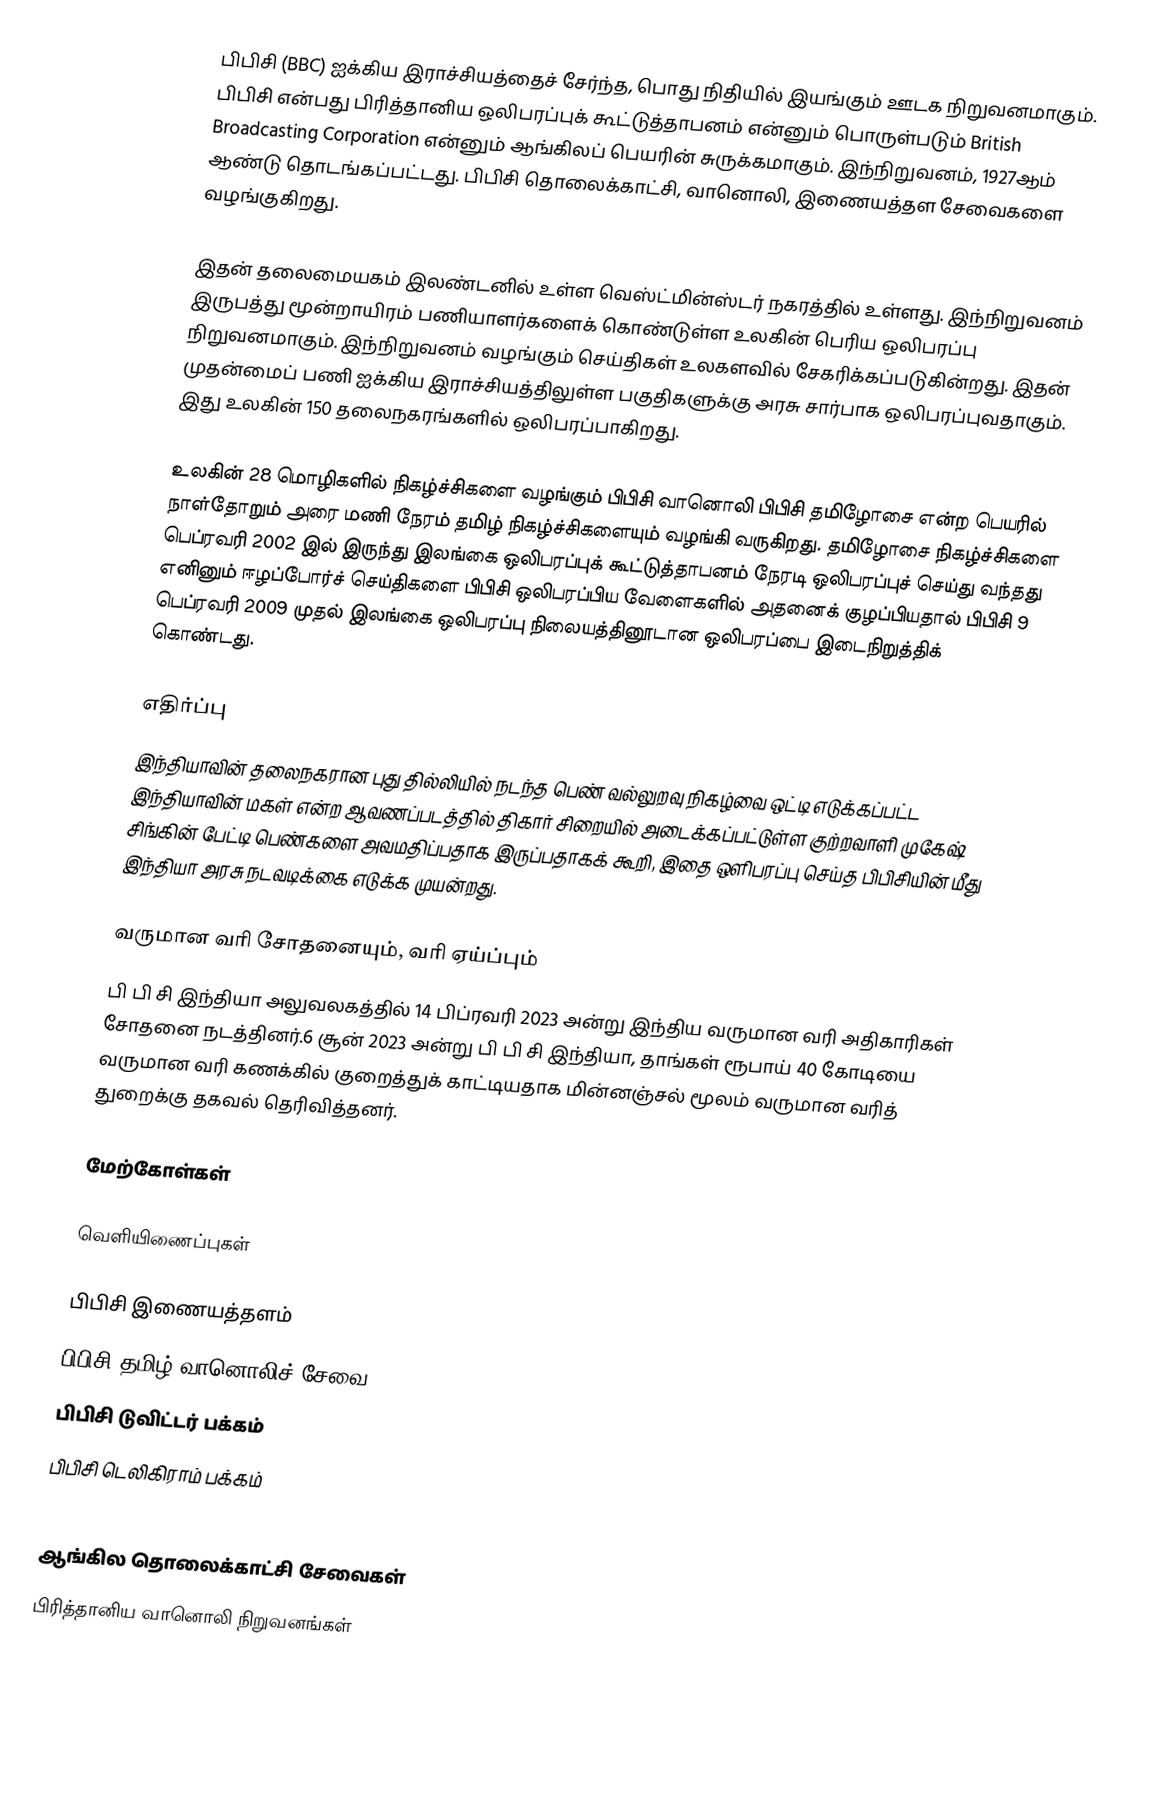
பிபிசி (BBC) ஐக்கிய இராச்சியத்தைச் சேர்ந்த, பொது நிதியில் இயங்கும் ஊடக நிறுவனமாகும். பிபிசி என்பது பிரித்தானிய ஒலிபரப்புக் கூட்டுத்தாபனம் என்னும் பொருள்படும் British Broadcasting Corporation என்னும் ஆங்கிலப் பெயரின் சுருக்கமாகும். இந்நிறுவனம், 1927ஆம் ஆண்டு தொடங்கப்பட்டது. பிபிசி தொலைக்காட்சி, வானொலி, இணையத்தள சேவைகளை வழங்குகிறது.

இதன் தலைமையகம் இலண்டனில் உள்ள வெஸ்ட்மின்ஸ்டர் நகரத்தில் உள்ளது. இந்நிறுவனம் இருபத்து மூன்றாயிரம் பணியாளர்களைக் கொண்டுள்ள உலகின் பெரிய ஒலிபரப்பு நிறுவனமாகும். இந்நிறுவனம் வழங்கும் செய்திகள் உலகளவில் சேகரிக்கப்படுகின்றது. இதன் முதன்மைப் பணி ஐக்கிய இராச்சியத்திலுள்ள பகுதிகளுக்கு அரசு சார்பாக ஒலிபரப்புவதாகும். இது உலகின் 150 தலைநகரங்களில் ஒலிபரப்பாகிறது.

உலகின் 28 மொழிகளில் நிகழ்ச்சிகளை வழங்கும் பிபிசி வானொலி பிபிசி தமிழோசை என்ற பெயரில் நாள்தோறும் அரை மணி நேரம் தமிழ் நிகழ்ச்சிகளையும் வழங்கி வருகிறது. தமிழோசை நிகழ்ச்சிகளை பெப்ரவரி 2002 இல் இருந்து இலங்கை ஒலிபரப்புக் கூட்டுத்தாபனம் நேரடி ஒலிபரப்புச் செய்து வந்தது எனினும் ஈழப்போர்ச் செய்திகளை பிபிசி ஒலிபரப்பிய வேளைகளில் அதனைக் குழப்பியதால் பிபிசி 9 பெப்ரவரி 2009 முதல் இலங்கை ஒலிபரப்பு நிலையத்தினூடான ஒலிபரப்பை இடைநிறுத்திக் கொண்டது.

எதிர்ப்பு
இந்தியாவின் தலைநகரான புது தில்லியில் நடந்த பெண் வல்லுறவு நிகழ்வை ஒட்டி எடுக்கப்பட்ட இந்தியாவின் மகள் என்ற ஆவணப்படத்தில் திகார் சிறையில் அடைக்கப்பட்டுள்ள குற்றவாளி முகேஷ் சிங்கின் பேட்டி பெண்களை அவமதிப்பதாக இருப்பதாகக் கூறி, இதை ஒளிபரப்பு செய்த பிபிசியின் மீது இந்தியா அரசு நடவடிக்கை எடுக்க முயன்றது.

வருமான வரி சோதனையும், வரி ஏய்ப்பும்
பி பி சி இந்தியா அலுவலகத்தில் 14 பிப்ரவரி 2023 அன்று இந்திய வருமான வரி அதிகாரிகள் சோதனை நடத்தினர்.6 சூன் 2023 அன்று பி பி சி இந்தியா, தாங்கள் ரூபாய் 40 கோடியை வருமான வரி கணக்கில் குறைத்துக் காட்டியதாக மின்னஞ்சல் மூலம் வருமான வரித் துறைக்கு தகவல் தெரிவித்தனர்.

மேற்கோள்கள்

வெளியிணைப்புகள்

 பிபிசி இணையத்தளம்
 பிபிசி தமிழ் வானொலிச் சேவை
 பிபிசி டுவிட்டர் பக்கம்
 பிபிசி டெலிகிராம் பக்கம்

ஆங்கில தொலைக்காட்சி சேவைகள்
பிரித்தானிய வானொலி நிறுவனங்கள்